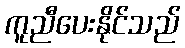
ကူညီပေးနိုင်သည်